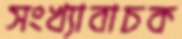
সংখ্যাবাচক